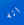
انه